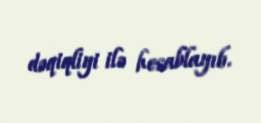
dəqiqliyi ilə hesablayıb.